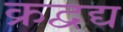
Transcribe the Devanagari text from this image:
क्रद्वद्य